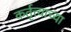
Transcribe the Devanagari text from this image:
कर्तृत्त्वाच्या